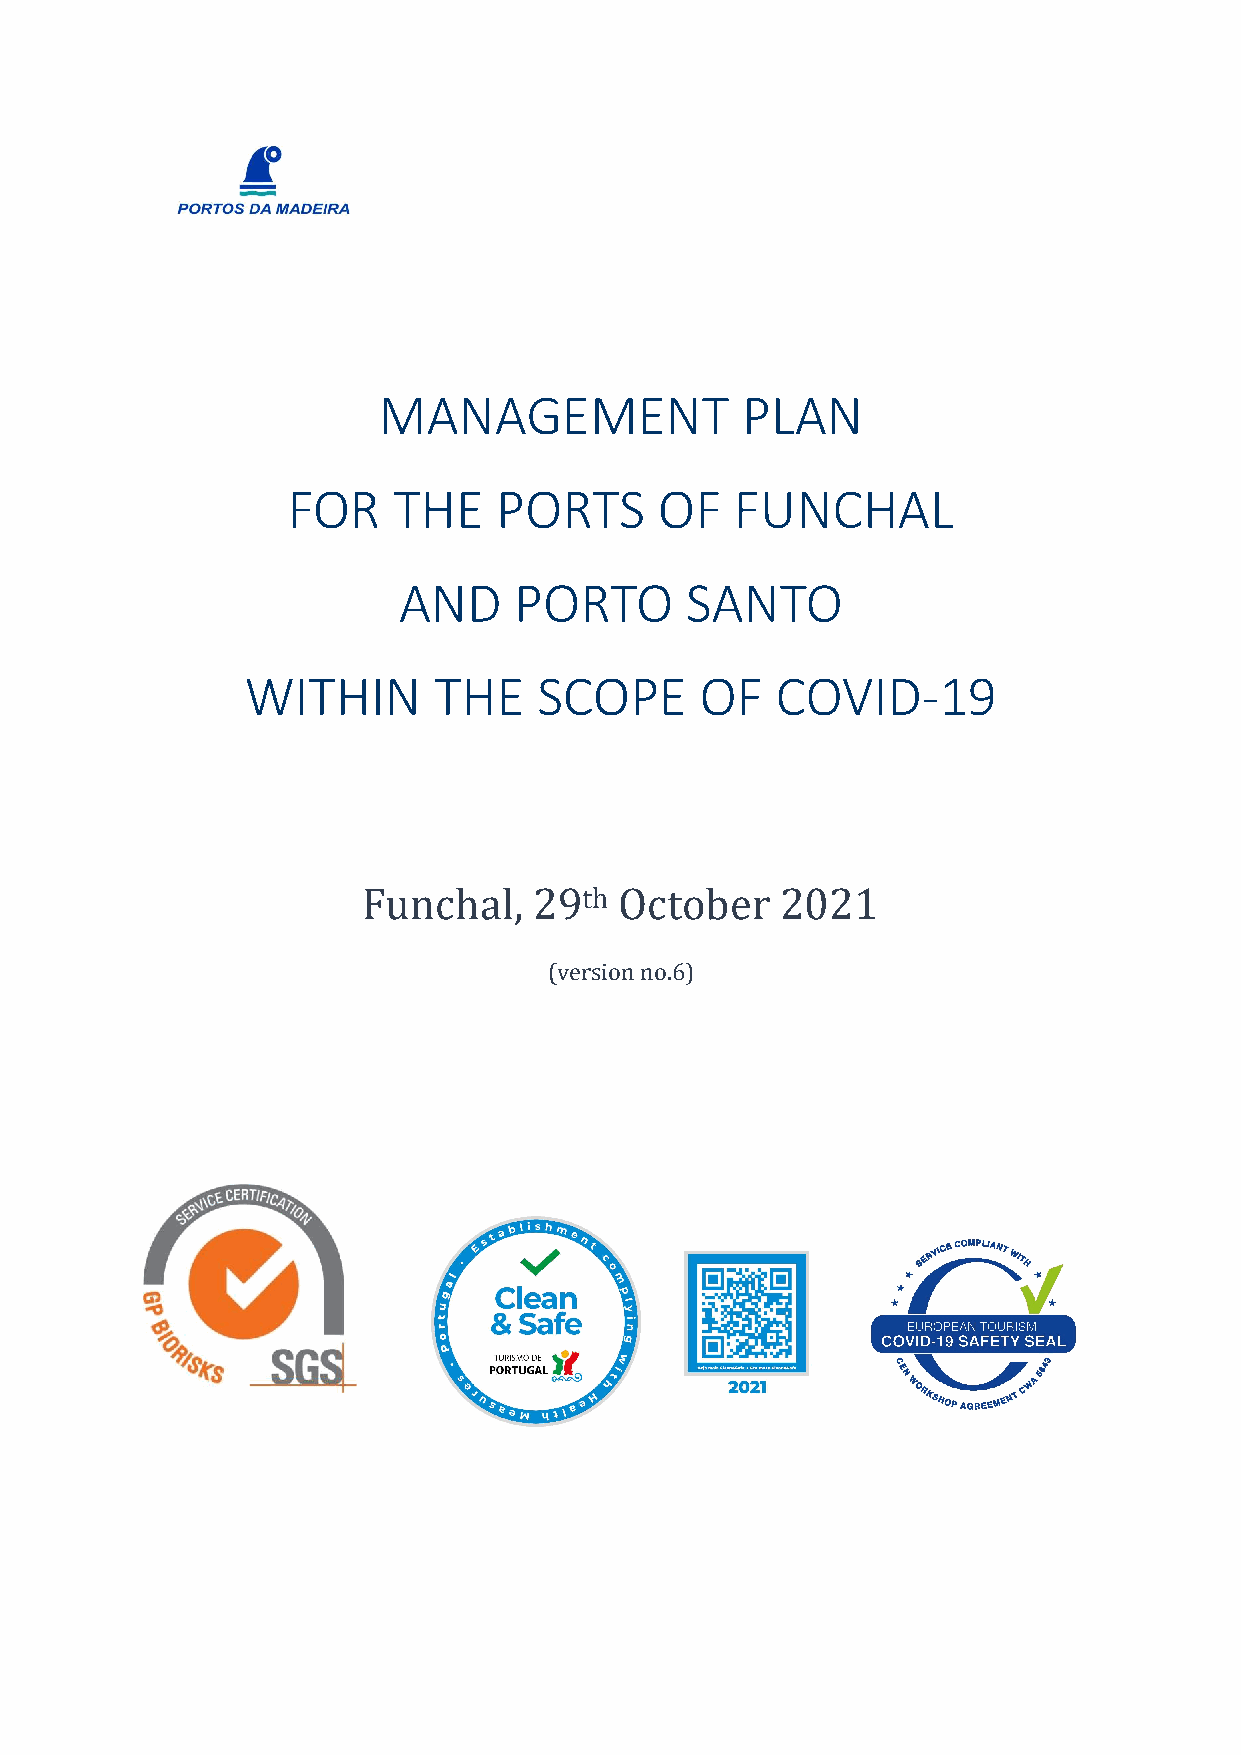
MANAGEMENT              PLAN
 FOR    THE    PORTS      OF   FUNCHAL
 AND     PORTO      SANTO
 WITHIN       THE    SCOPE     OF   COVID-19
 Funchal,   29th  October    2021
 (version no.6)